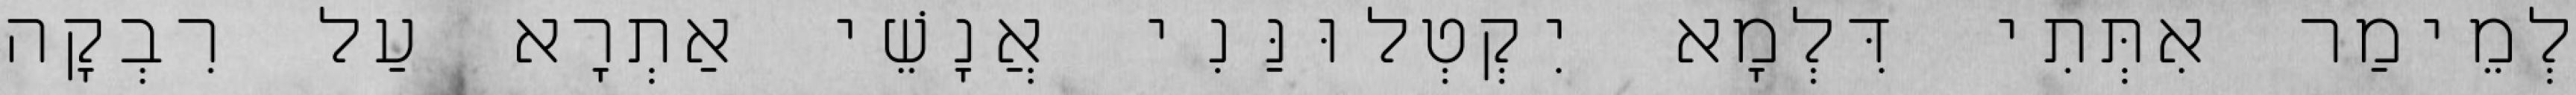
לְמֵימַר אִתְּתִי דִּלְמָא יִקְטְלוּנַּנִי אֲנָשֵׁי אַתְרָא עַל רִבְקָה